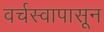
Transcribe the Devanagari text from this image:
वर्चस्वापासून